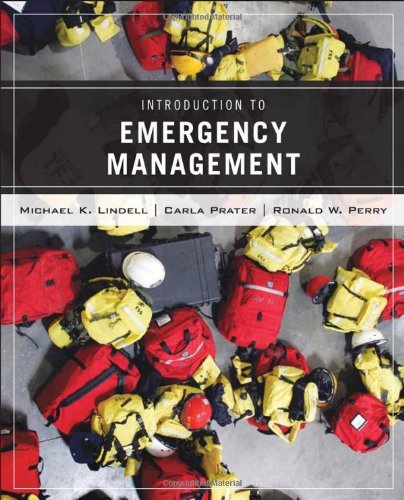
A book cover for Emergency Management; Michael K. Lindell; Education & Teaching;